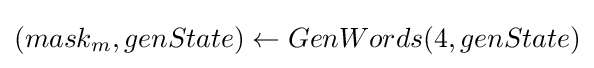
(mask_{m},genState)\leftarrow GenWords(4,genState)